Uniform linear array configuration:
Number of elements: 4
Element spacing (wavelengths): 0.25
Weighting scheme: binomial
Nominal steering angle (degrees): -60
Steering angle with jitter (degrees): -61.487
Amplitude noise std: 0.05
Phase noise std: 0.05

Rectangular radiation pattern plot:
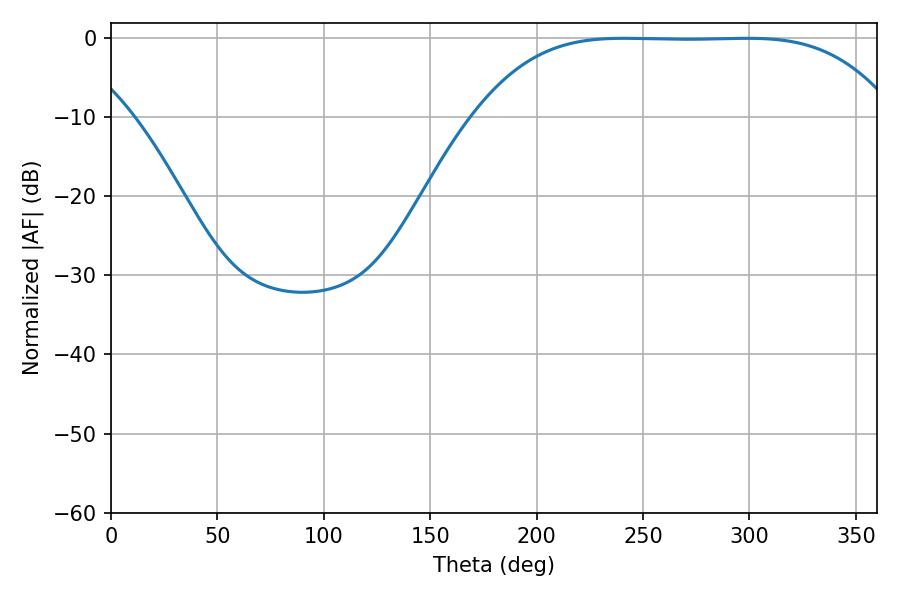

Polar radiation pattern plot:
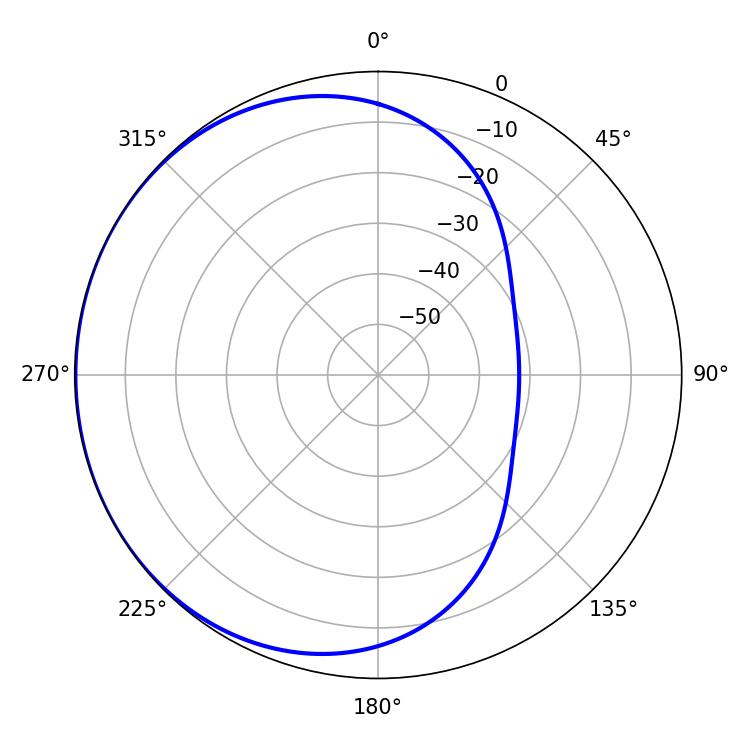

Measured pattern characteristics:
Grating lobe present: FALSE
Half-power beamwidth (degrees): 149.04
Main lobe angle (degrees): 241.2